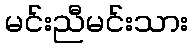
မင်းညီမင်းသား